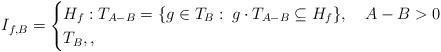
LaTeX: \begin{align*}I_{f,B}=\begin{cases} H_f:T_{A-B}=\{g\in T_{B} \, \colon \, g\cdot T_{A-B}\subseteq H_f\}, \quad A-B>0\\ T_B, ,\end{cases}\end{align*}